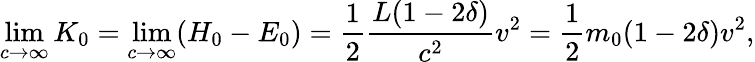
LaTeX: \operatorname*{lim}_{c\rightarrow\infty}K_{0}=\operatorname*{lim}_{c\rightarrow\infty}(H_{0}-E_{0})={\frac{1}{2}}\frac{L{(1-2\delta)}}{c^{2}}v^{2}={\frac{1}{2}}{m_{0}}{(1-2\delta)}v^{2},